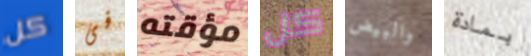
كل فى مؤقته كل والبيض بمادة